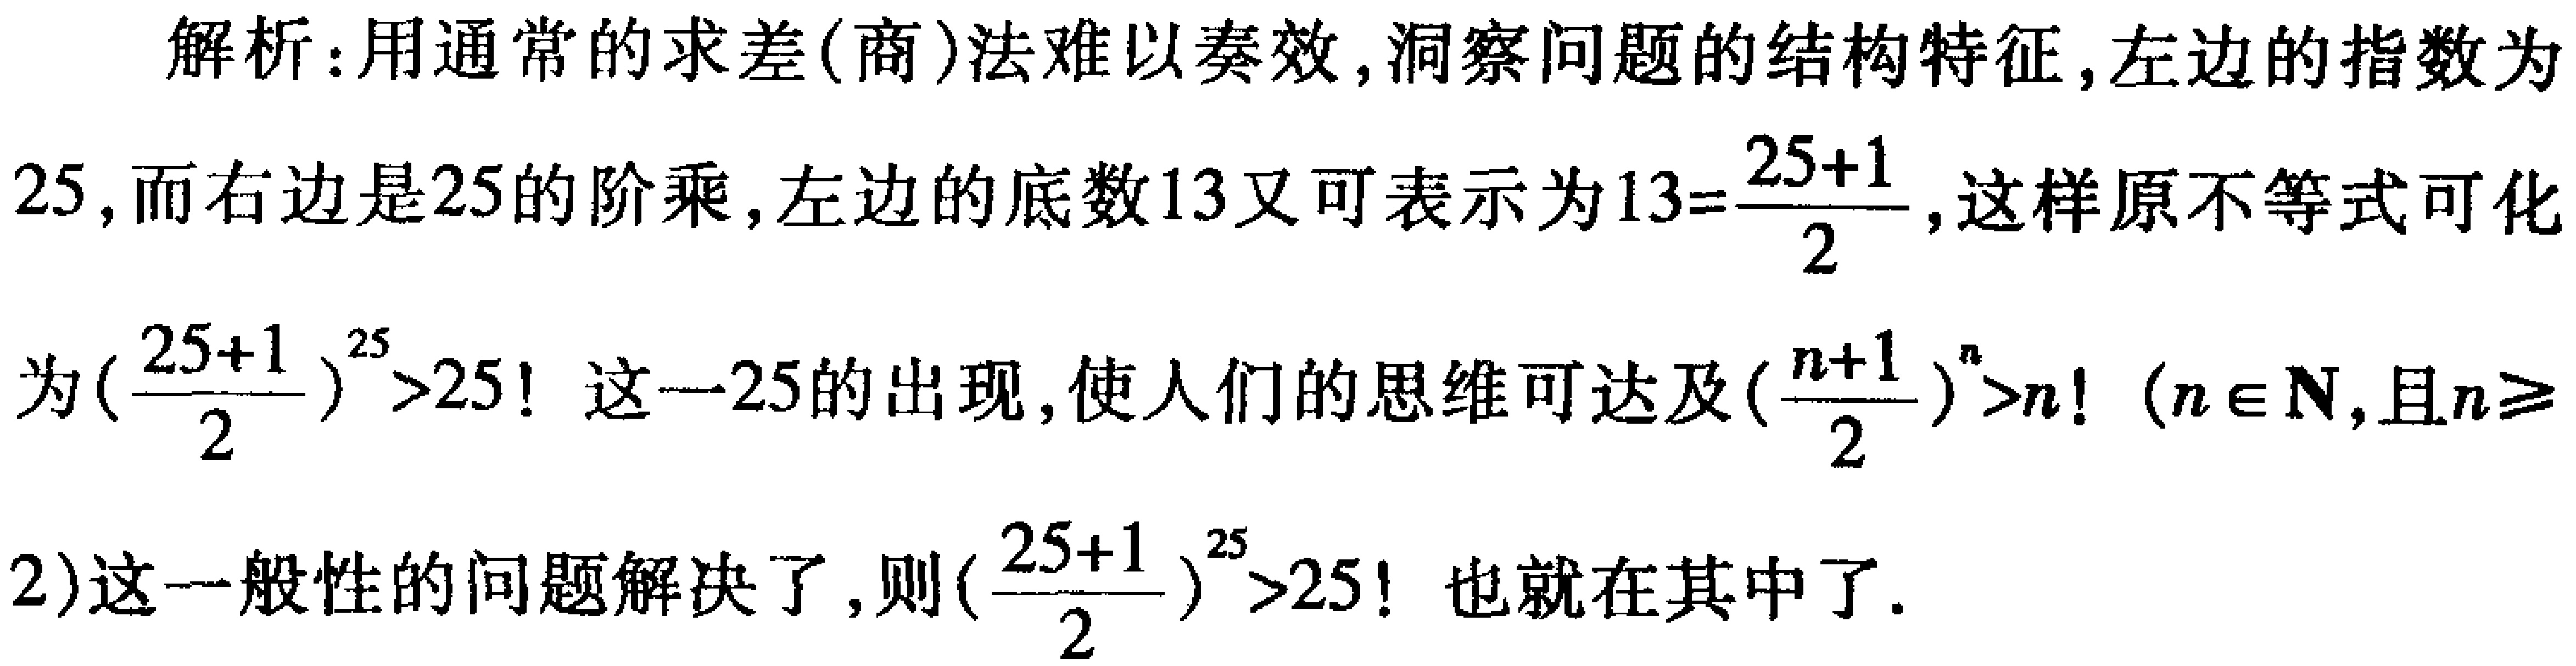
解析：用通常的求差(商)法难以奏效,洞察问题的结构特征,左边的指数为
$25$,而右边是$25$的阶乘,左边的底数$13$又可表示为$13 = \frac{25 + 1}{2}$,这样原不等式可化
为$(\frac{25 + 1}{2})^{25}>25!$ 这一$25$的出现,使人们的思维可达及$(\frac{n + 1}{2})^{n}>n!\ (n\in\mathbf{N},且n\geqslant$
$2)$这一般性的问题解决了,则$(\frac{25 + 1}{2})^{25}>25!$ 也就在其中了.